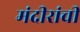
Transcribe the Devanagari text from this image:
मंदीरांची